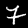
Label: 7